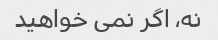
نه، اگر نمی خواهید